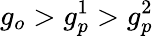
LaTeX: g_{o}>g_{p}^{1}>g_{p}^{2}